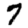
Digit: 7